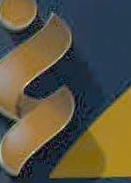
2